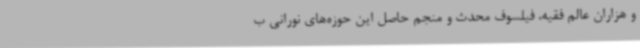
و هزاران عالم فقیه، فیلسوف محدث و منجم حاصل این حوزه‌های نورانی ب